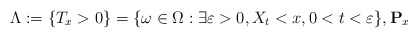
\begin{align*}\Lambda:=\{T_x>0\}=\{\omega\in \Omega: \exists \varepsilon>0, X_t<x, 0<t<\varepsilon\},\mathbf{P}_x\end{align*}